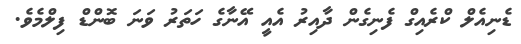
ޑެނިއެލް ކްރެއިގް ފެނިގެން ދާއިރު އެއީ އޭނާގެ ހަތަރު ވަނަ ބޮންޑް ފިލްމެވެ.